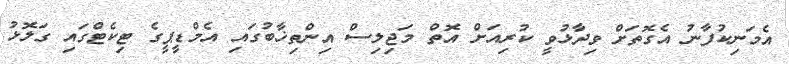
އެމަނިކުފާނު އެގޮތަށް ވިދާޅުވީ ކުރިއަށް އޮތް މަޖިލިސް އިންތިޚާބުގައި އެމްޑީޕީގެ ޓިކެޓްގައި ގަލޮޅު